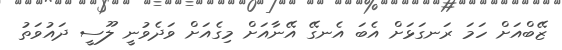
ޒޭބްއަށް ހަމަ ރަނގަޅަށް އެބަ އެނގޭ އޭނާއަށް މިގެއަށް ވަދެވުނީ ލޫސީ ދައުވަތު